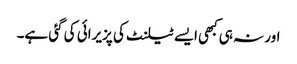
اور نہ ہی کبھی ایسے ٹیلنٹ کی پزیرائی کی گئی ہے۔